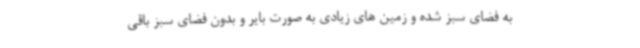
به فضای سبز شده و زمین های زیادی به صورت بایر و بدون فضای سبز باقی